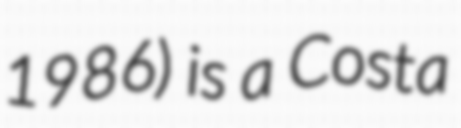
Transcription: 1986) is a Costa